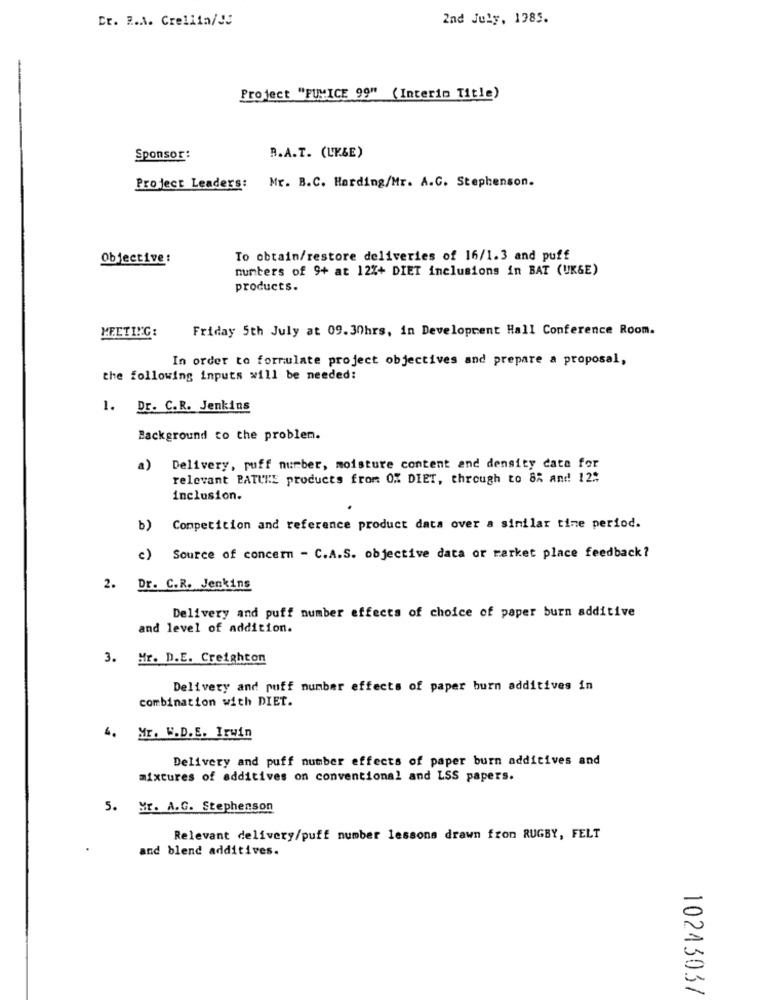
Cr. R.A. Crellin/ !!
2nd July, 1985.
Project "FUMICE 99" (Interin Title)
Sponsor:
R.A.T. (LK&E)
Project Leaders: Mr. B.C. Harding/Mr. A.C. Stephenson.
Objective!
To obtain/restore deliveries of 16/1.3 and puff
nunters of 9+ at 12%+ DIET inclusions in BAT (UK&E)
products.
Friday 5th July at 09. 30hrs, in Development Hall Conference Room.
MEETING:
In order to formulate project objectives and prepare a proposal,
the following inputs will be needed:
1. Dr. C.R. Jenkins
Background to the problem.
a)
Delivery, puff number, moisture content and density cata for
relevant PATURE products from 0% DIET, through to 8% and 12%
inclusion.
b) Competition and reference product data over a similar time period.
c) Source of concern - C.A.S. objective data or market place feedback?
2. Dr. C.R. Jenkins
Delivery and puff number effects of choice of paper burn additive
and level of addition.
3. Mr. D.E. Creighton
Delivery and puff number effects of paper burn additives in
combination with DIET.
4. Mr. W.D.E. Irwin
Delivery and puff number effects of paper burn additives and
mixtures of additives on conventional and LSS papers.
5. Mr. A.G. Stephenson
Relevant delivery/puff number lessons drawn fron RUGBY, FELT
and blend additives.
10243037